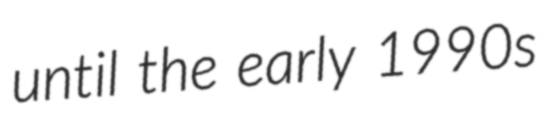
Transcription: until the early 1990s